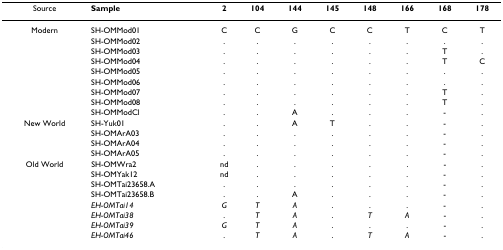
<table><thead><tr><td><b>Source</b></td><td><b>Sample</b></td><td><b>2</b></td><td><b>104</b></td><td><b>144</b></td><td><b>145</b></td><td><b>148</b></td><td><b>166</b></td><td><b>168</b></td><td><b>178</b></td></tr></thead><tbody><tr><td>Modern</td><td>SH-OMMod01</td><td>C</td><td>C</td><td>G</td><td>C</td><td>C</td><td>T</td><td>C</td><td>T</td></tr><tr><td></td><td>SH-OMMod02</td><td>.</td><td>.</td><td>.</td><td>.</td><td>.</td><td>.</td><td>.</td><td>.</td></tr><tr><td></td><td>SH-OMMod03</td><td>.</td><td>.</td><td>.</td><td>.</td><td>.</td><td>.</td><td>T</td><td>.</td></tr><tr><td></td><td>SH-OMMod04</td><td>.</td><td>.</td><td>.</td><td>.</td><td>.</td><td>.</td><td>T</td><td>C</td></tr><tr><td></td><td>SH-OMMod05</td><td>.</td><td>.</td><td>.</td><td>.</td><td>.</td><td>.</td><td>.</td><td>.</td></tr><tr><td></td><td>SH-OMMod06</td><td>.</td><td>.</td><td>.</td><td>.</td><td>.</td><td>.</td><td>.</td><td>.</td></tr><tr><td></td><td>SH-OMMod07</td><td>.</td><td>.</td><td>.</td><td>.</td><td>.</td><td>.</td><td>T</td><td>.</td></tr><tr><td></td><td>SH-OMMod08</td><td>.</td><td>.</td><td>.</td><td>.</td><td>.</td><td>.</td><td>T</td><td>.</td></tr><tr><td></td><td>SH-OMModCl</td><td>.</td><td>.</td><td>A</td><td>.</td><td>.</td><td>.</td><td>-</td><td>.</td></tr><tr><td>New World</td><td>SH-Yuk01</td><td>.</td><td>.</td><td>A</td><td>T</td><td>.</td><td>.</td><td>-</td><td>.</td></tr><tr><td></td><td>SH-OMArA03</td><td>.</td><td>.</td><td>.</td><td>.</td><td>.</td><td>.</td><td>-</td><td>.</td></tr><tr><td></td><td>SH-OMArA04</td><td>.</td><td>.</td><td>.</td><td>.</td><td>.</td><td>.</td><td>-</td><td>.</td></tr><tr><td></td><td>SH-OMArA05</td><td>.</td><td>.</td><td>.</td><td>.</td><td>.</td><td>.</td><td>-</td><td>.</td></tr><tr><td>Old World</td><td>SH-OMWra2</td><td>nd</td><td>.</td><td>.</td><td>.</td><td>.</td><td>.</td><td>-</td><td>.</td></tr><tr><td></td><td>SH-OMYak12</td><td>nd</td><td>.</td><td>.</td><td>.</td><td>.</td><td>.</td><td>-</td><td>.</td></tr><tr><td></td><td>SH-OMTai23658.A</td><td>.</td><td>.</td><td>.</td><td>.</td><td>.</td><td>.</td><td>-</td><td>.</td></tr><tr><td></td><td>SH-OMTai23658.B</td><td>.</td><td>.</td><td>A</td><td>.</td><td>.</td><td>.</td><td>-</td><td>.</td></tr><tr><td></td><td><i>EH-OMTai14</i></td><td><i>G</i></td><td><i>T</i></td><td><i>A</i></td><td>.</td><td>.</td><td>.</td><td>-</td><td>.</td></tr><tr><td></td><td><i>EH-OMTai38</i></td><td>.</td><td><i>T</i></td><td><i>A</i></td><td>.</td><td><i>T</i></td><td><i>A</i></td><td>-</td><td>.</td></tr><tr><td></td><td><i>EH-OMTai39</i></td><td><i>G</i></td><td><i>T</i></td><td><i>A</i></td><td>.</td><td>.</td><td>.</td><td>-</td><td>.</td></tr><tr><td></td><td><i>EH-OMTai46</i></td><td>.</td><td><i>T</i></td><td><i>A</i></td><td>.</td><td><i>T</i></td><td><i>A</i></td><td>-</td><td>.</td></tr></tbody></table>